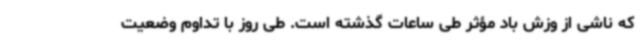
که ناشی از وزش باد مؤثر طی ساعات گذشته است. طی روز با تداوم وضعیت